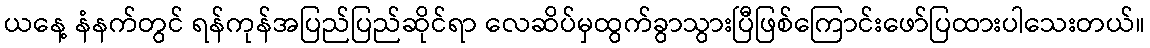
ယနေ့ နံနက်တွင် ရန်ကုန်အပြည်ပြည်ဆိုင်ရာ လေဆိပ်မှထွက်ခွာသွားပြီဖြစ်ကြောင်းဖော်ပြထားပါသေးတယ်။